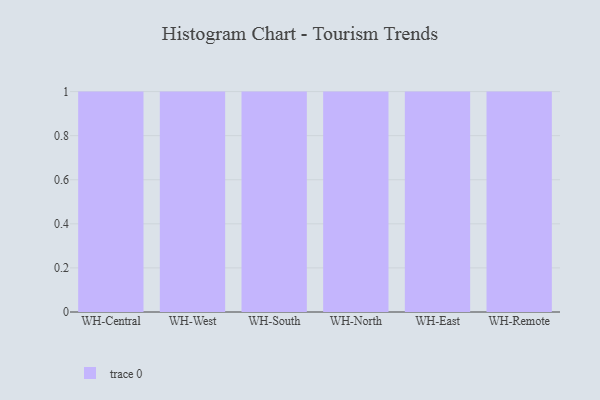
{"axis": {"x": "Warehouse", "y": "Active Users"}, "legend": [""], "data": [{"x": "WH-Central", "y": 40, "type": ""}, {"x": "WH-West", "y": 73, "type": ""}, {"x": "WH-South", "y": 7, "type": ""}, {"x": "WH-North", "y": 9, "type": ""}, {"x": "WH-East", "y": 10, "type": ""}, {"x": "WH-Remote", "y": 32, "type": ""}]}